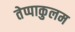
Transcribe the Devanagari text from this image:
तेप्पाकुलम